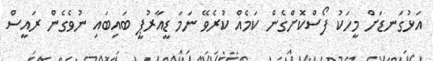
އަޅުގަނޑަށް މީހަކު ފޯސްކޮށްގެން ކަމެއް ކުރެވޭ ނަމަ ޑީއާރުޕީ ބައިބައި ނުވެގެން ރައީސް